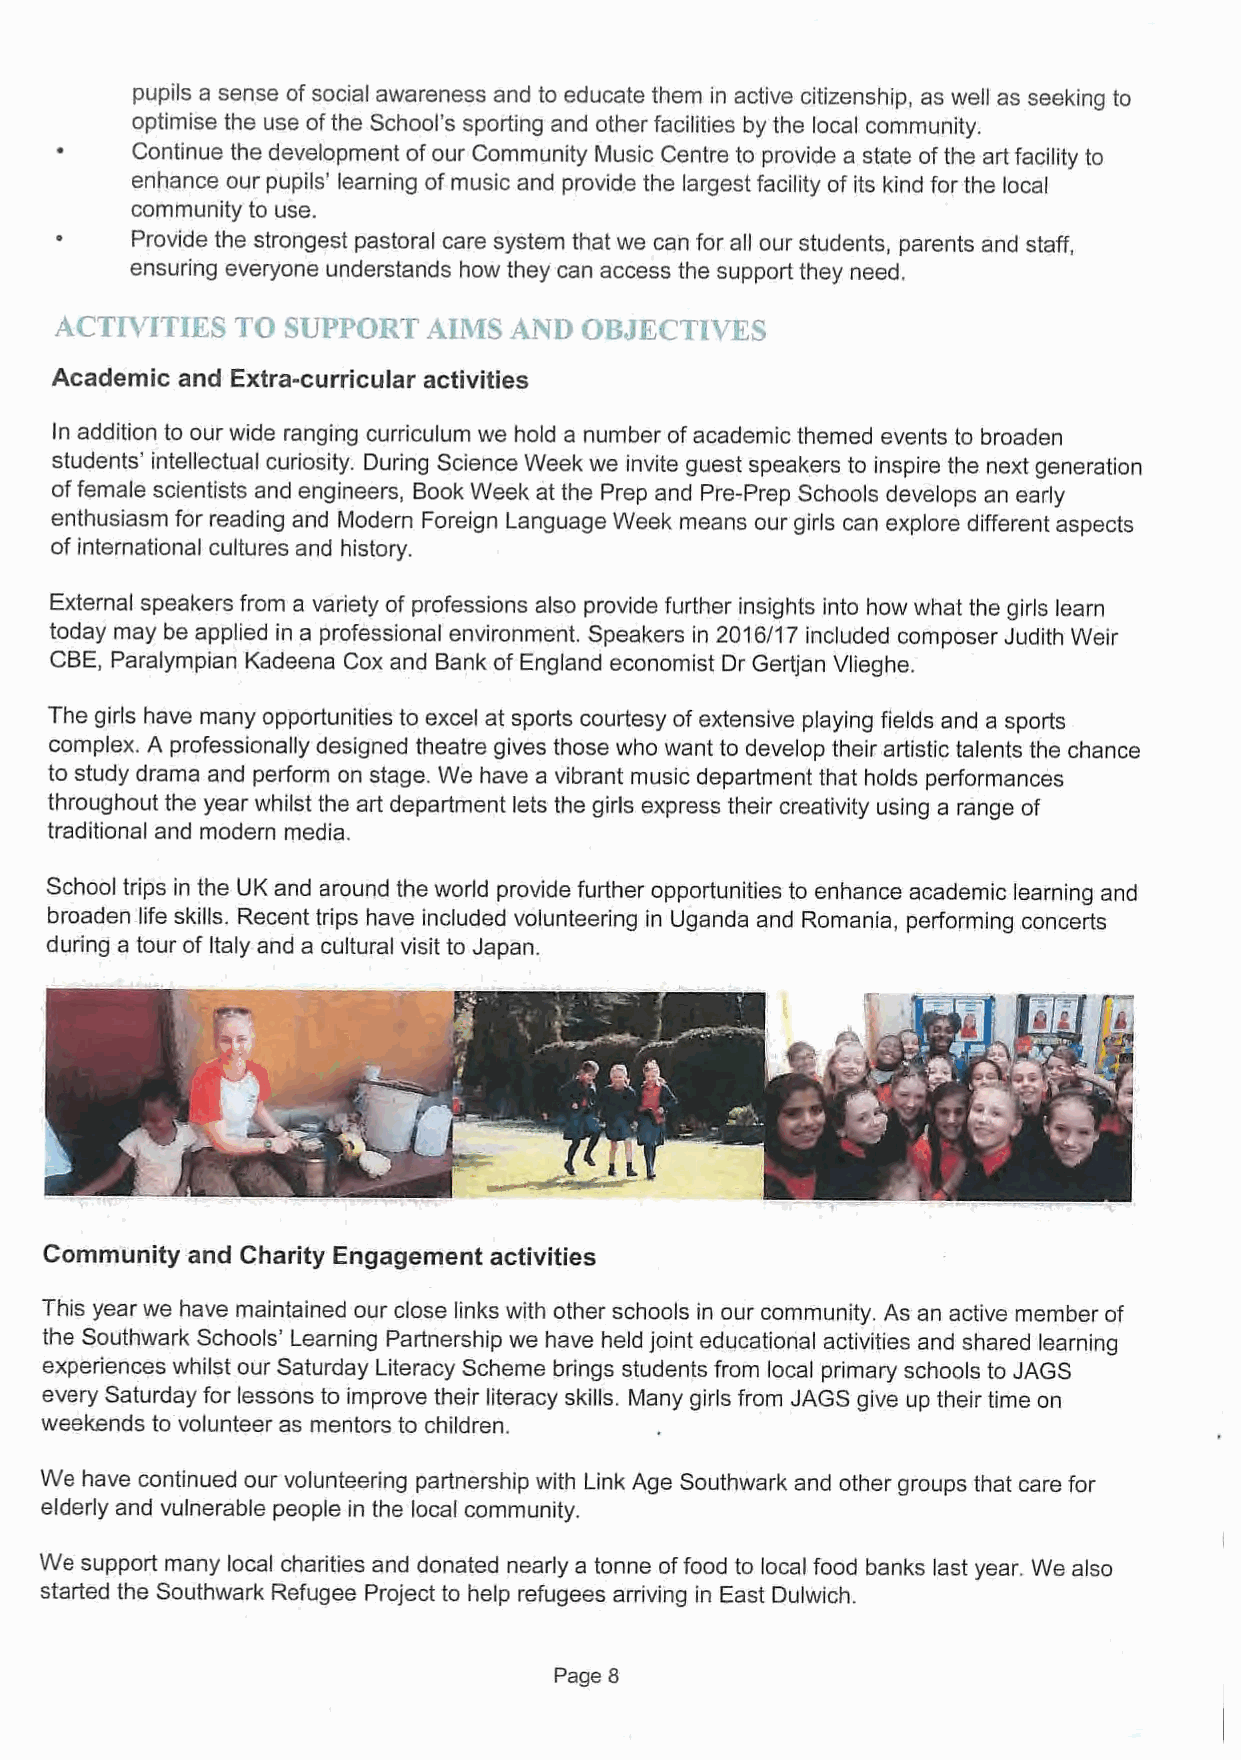
pupils a sense ofsocial awareness and to educate them in active citizenship, as well as seeking to
 optimise the use ofthe School's sporting and other facilities by the local community.
 Continue the development ofour Community Music Centre to provide a state ofthe art facility to
 enhance our pupils' learning ofmusic and provide the largest facility ofits kind for the local
 community to use.
 Provide the strongest pastoral care system that we can for all our students, parents and staff,
 ensuring everyone understands how they can access the support they need,
 ACTH'I'| )KS TC' SUPPORT A,IMS AND 08JECTD'KS
 Academic and Extra-curricular activities
 In addition to our wide ranging curriculum we hold a number ofacademic themed events to broaden
 students' intellectual curiosity. During Science Week we invite guest speakers to inspire the next generation
 offemale scientists and engineers, Book Week at the Prep and Pre-Prep Schools develops an early
 enthusiasm for reading and Modern Foreign Language Week means our girls can explore different aspects
 of international cultures and history.
 External speakers from a variety of professions also provide further insights into how what the girls learn
 today may be applied in a professional environment. Speakers in 2016/17 included composer Judith Weir
 CBE, Paralympian Kadeena Cox and Bank of England economist Dr Gertjan Vlieghe.
 The girls have many opportunities to excel at sports courtesy ofextensive playing fields and a sports
 complex. A professionally designed theatre gives those who want to develop their artistic talents the chance
 to study drama and perform on stage. We have a vibrant music department that holds performances
 throughout the year whilst the art department lets the girls express their creativity using a range of
 traditional and modern media.
 School trips in the UK and around the world provide further opportunities to enhance academic learning and
 broaden life skills. Recent trips have included volunteering in Uganda and Romania, performing concerts
 during a tour of Italy and a cultural visit to Japan.
 Community and Charity Engagement activities
 This year we have maintained our close links with other schools in our community. As an active member of
 the Southwark Schools' Learning Partnership we have held joint educational activities and shared learning
 experiences whilst our Saturday Literacy Scheme brings students from local primary schools to JAGS
 every Saturday for lessons to improve their literacy skills. Many girls from JAGS give up their time on
 weekends to volunteer as mentors to children.
 We have continued our volunteering partnership with Link Age Southwark and other groups that care for
 elderly and vulnerable people in the local community.
 We support many local charities and donated nearly a tonne offood to local food banks last year. We also
 started the Southwark Refugee Project to help refugees arriving in East Dulwich.
 Page 8